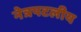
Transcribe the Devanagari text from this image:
नेत्रपटलीय